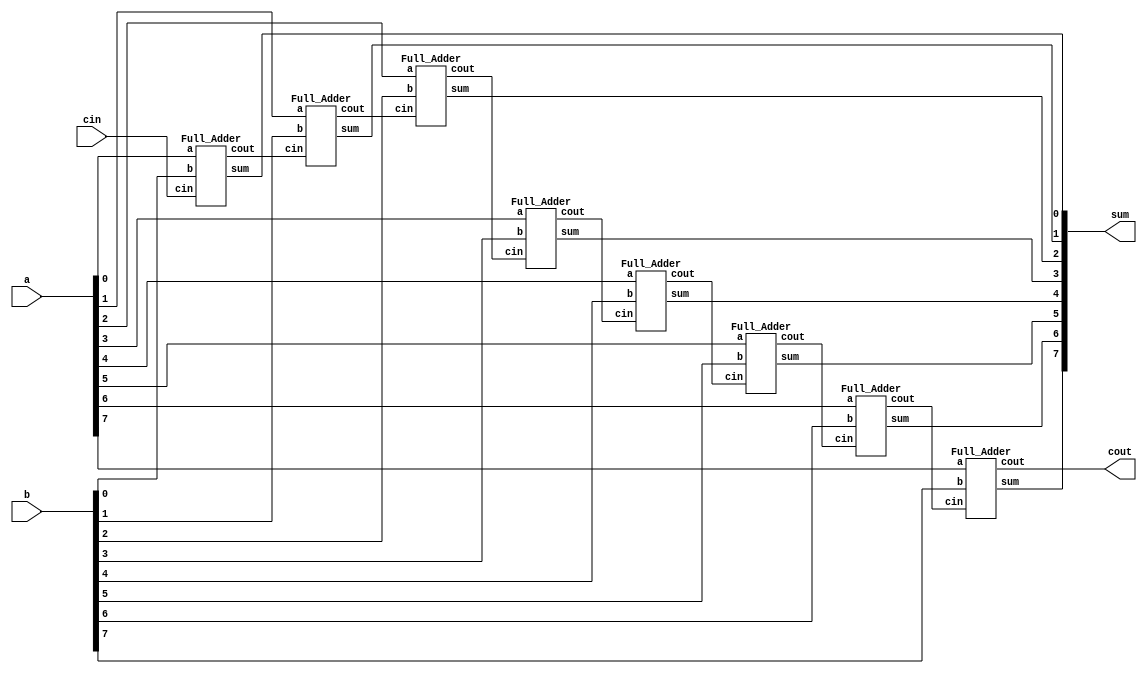
`timescale 1ns/1ps

//*** main
module Ripple_Carry_Adder(a, b, cin, cout, sum);
input [8-1:0] a, b;
input cin;
output cout;
output [8-1:0] sum;

wire[7:1] c;
Full_Adder f1(a[0], b[0], cin, c[1], sum[0]);
Full_Adder f2(a[1], b[1], c[1], c[2], sum[1]);
Full_Adder f3(a[2], b[2], c[2], c[3], sum[2]);
Full_Adder f4(a[3], b[3], c[3], c[4], sum[3]);
Full_Adder f5(a[4], b[4], c[4], c[5], sum[4]);
Full_Adder f6(a[5], b[5], c[5], c[6], sum[5]);
Full_Adder f7(a[6], b[6], c[6], c[7], sum[6]);
Full_Adder f8(a[7], b[7], c[7], cout, sum[7]);

endmodule

//Full
module Full_Adder (a, b, cin, cout, sum);
input a, b, cin;
output cout, sum;

wire tmp;
Xor_gate x0(tmp, a, b);
Xor_gate x1(sum, tmp, cin);

Majority m0(a, b, cin, cout);

endmodule

//xor_gate
module Xor_gate(out, in1, in2);
input in1, in2;
output out;

wire n_in1, n_in2;
nand n1(n_in1, in1, in1);
nand n2(n_in2, in2, in2);

wire tmp1, tmp2;
And_gate a1(tmp1, in1, n_in2);
And_gate a2(tmp2, n_in1, in2);
Or_gate o1(out, tmp1, tmp2);

endmodule

//or_gate
module Or_gate (out, in1, in2);
input in1, in2;
output out;

wire n_in1, n_in2;
nand n1(n_in1, in1, in1);
nand n2(n_in2, in2, in2);

nand n3(out, n_in1, n_in2);

endmodule

// and_gate
module And_gate (out, in1, in2);
input in1, in2;
output out;

wire tmp;
nand n1(tmp, in1, in2);
nand n2(out, tmp, tmp);

endmodule

// majority
module Majority(a, b, c, out);
input a, b, c;
output out;

wire t1, t2, t3;
And_gate a0(t1, a, b);
And_gate a1(t2, a, c);
And_gate a2(t3, b, c);

wire t4;
Or_gate o0(t4, t1, t2);
Or_gate o1(out, t3, t4); 

endmodule